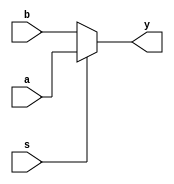
module mux2_64bit(a,b,s,y); //64bits 2-to-1 MUX
  input [63:0] a, b;
  input s;
  output [63:0] y;
  reg [63:0] y;
  
  always@(a,b,s) begin
    if(s==0) begin
      y=b;
    end
    else begin
      y=a;
    end
  end
  
endmodule